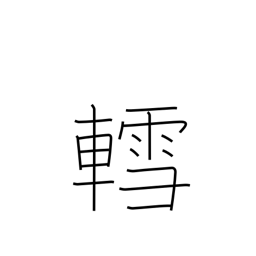
Meaning: sled